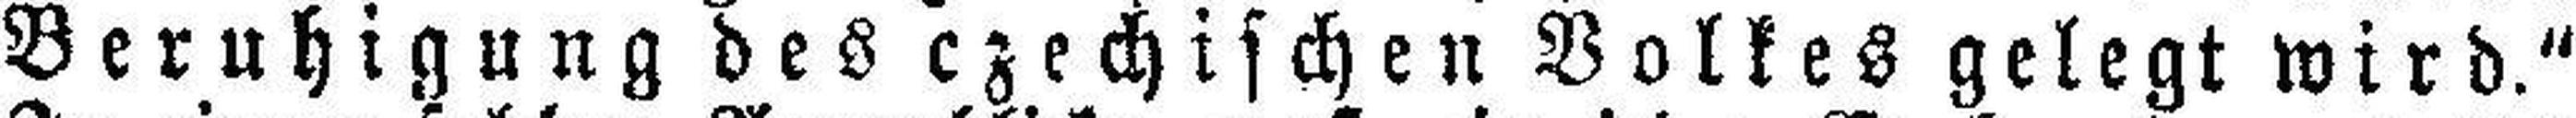
Beruhigung des czechischen Volkes gelegt wird.“